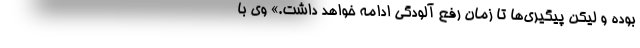
بوده و لیکن پیگیری‌ها تا زمان رفع آلودگی ادامه خواهد داشت.» وی با